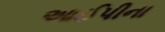
આઈપીના